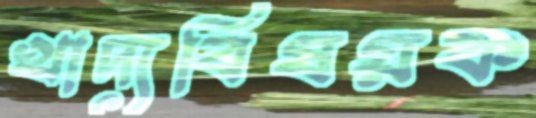
খাদ্যবিষয়ক